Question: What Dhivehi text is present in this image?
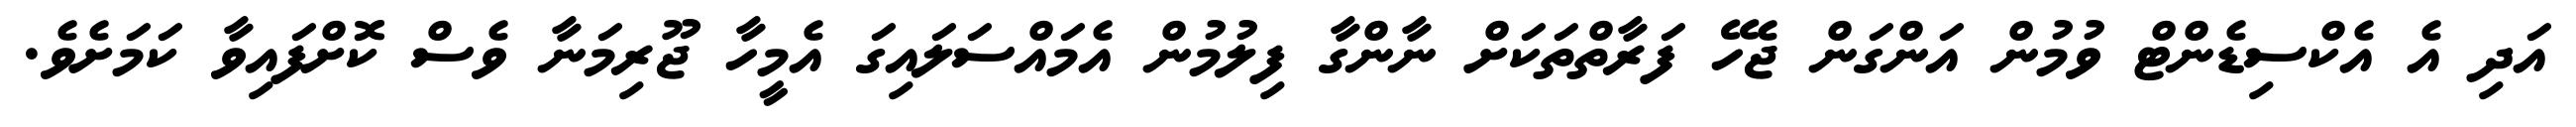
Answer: އަދި އެ އެކްސިޑެންޓް ވުމުން އަންގަން ޖެހޭ ފަރާތްތަކަށް ނާންގާ ފިލުމުން އެމައްސަލައިގަ އެމީހާ ޖޫރިމަނާ ވެސް ކޮށްފައިވާ ކަމަށެވެ.